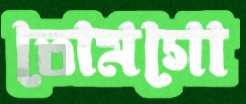
তোমগো